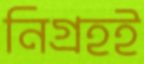
নিগ্রহই